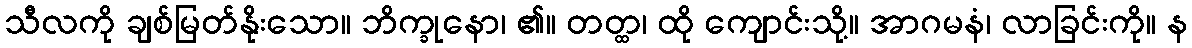
သီလကို ချစ်မြတ်နိုးသော။ ဘိက္ခုနော၊ ၏။ တတ္ထ၊ ထို ကျောင်းသို့။ အာဂမနံ၊ လာခြင်းကို။ န